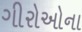
ગીરોઓના